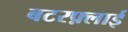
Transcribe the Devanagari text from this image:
बटरफ़्लाई